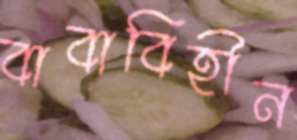
বাবাবিহীন